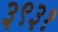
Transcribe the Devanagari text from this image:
३९३१